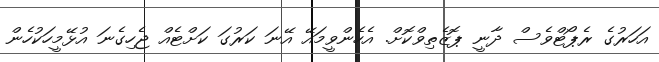
އަހަރުގެ ރެޕޯޓްވެސް ދާނީ ޕޮޒެތިވްކޮށް. އެހެންވީމައޭ އޭނަ ކަރުގަ ކަށްޓެއް ޖެހިގެނަ އުޅޭމީހަކުހެން